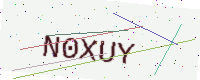
Text: N0XUY